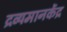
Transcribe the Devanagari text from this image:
द्रव्यमानकेंद्र